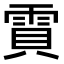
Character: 𮦒